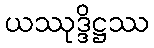
ယဿုဒ္ဒိဋ္ဌဿ